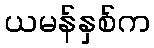
ယမန်နှစ်က